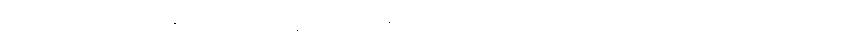
ချွိုင်းစ် က ကုထုံးဆိုင်ရာ ကုန်ပစ္စည်းစီမံခန့်ခွဲရေးအဖွဲ့ ကို နေလောင်ကာခရင်မ် ဈေးကွက်ကို